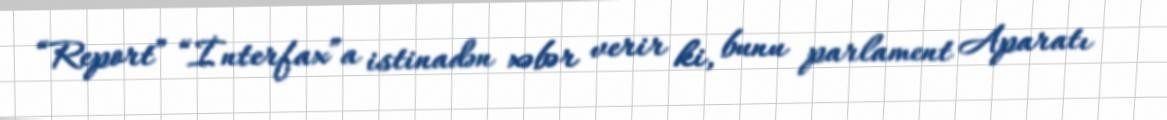
“Report” “İnterfax”a istinadən xəbər verir ki, bunu parlament Aparatı